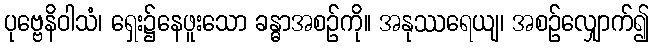
ပုဗ္ဗေနိဝါသံ၊ ရှေး၌နေဖူးသော ခန္ဓာအစဉ်ကို။ အနုဿရေယျ၊ အစဉ်လျှောက်၍